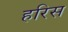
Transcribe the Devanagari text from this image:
हरिस